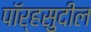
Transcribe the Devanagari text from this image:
पॉर्‍हसुदील